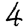
Digit: 4